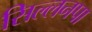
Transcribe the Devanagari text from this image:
सिल्लनपा